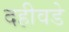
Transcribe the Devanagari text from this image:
दहीवडे